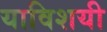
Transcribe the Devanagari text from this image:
याविशयी